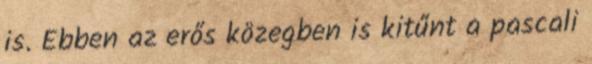
is. Ebben az erős közegben is kitűnt a pascali